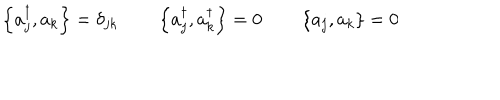
\left\{ a _ { j } ^ { \dagger } , a _ { k } \right\} = \delta _ { j k } \qquad \left\{ a _ { j } ^ { \dagger } , a _ { k } ^ { \dagger } \right\} = 0 \qquad \left\{ a _ { j } , a _ { k } \right\} = 0